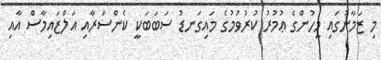
މި ޒަމާނުގައި މީހުންގެ ޢުމުރު ކުރުވުމުގެ މައިގަނޑު ސަބަބަކީ ކެންސަރާއި އަލްޒައިމާސް އާއި